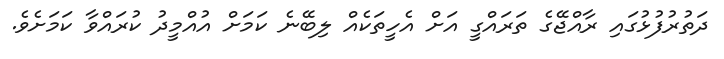
ދަތުރުފުޅުގައި ރާއްޖޭގެ ތަރައްގީ އަށް އެހީތަކެއް ލިބޭނެ ކަމަށް އުއްމީދު ކުރައްވާ ކަމަށެވެ.